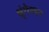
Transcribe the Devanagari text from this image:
श्रृंगेश्वर